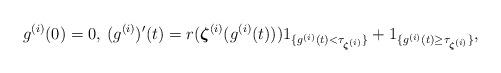
LaTeX: \begin{align*}g^{(i)}(0) = 0, \: (g^{(i)})'(t) = r(\boldsymbol{\zeta}^{(i)}(g^{(i)}(t))) {{1}}_{\{g^{(i)}(t) < \tau_{\boldsymbol{\zeta}^{(i)}}\}} + {{1}}_{\{g^{(i)}(t) \ge \tau_{\boldsymbol{\zeta}^{(i)}}\}},\end{align*}